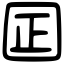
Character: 囸